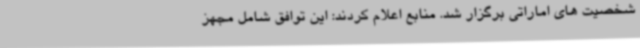
شخصیت های اماراتی برگزار شد. منابع اعلام کردند: این توافق شامل مجهز